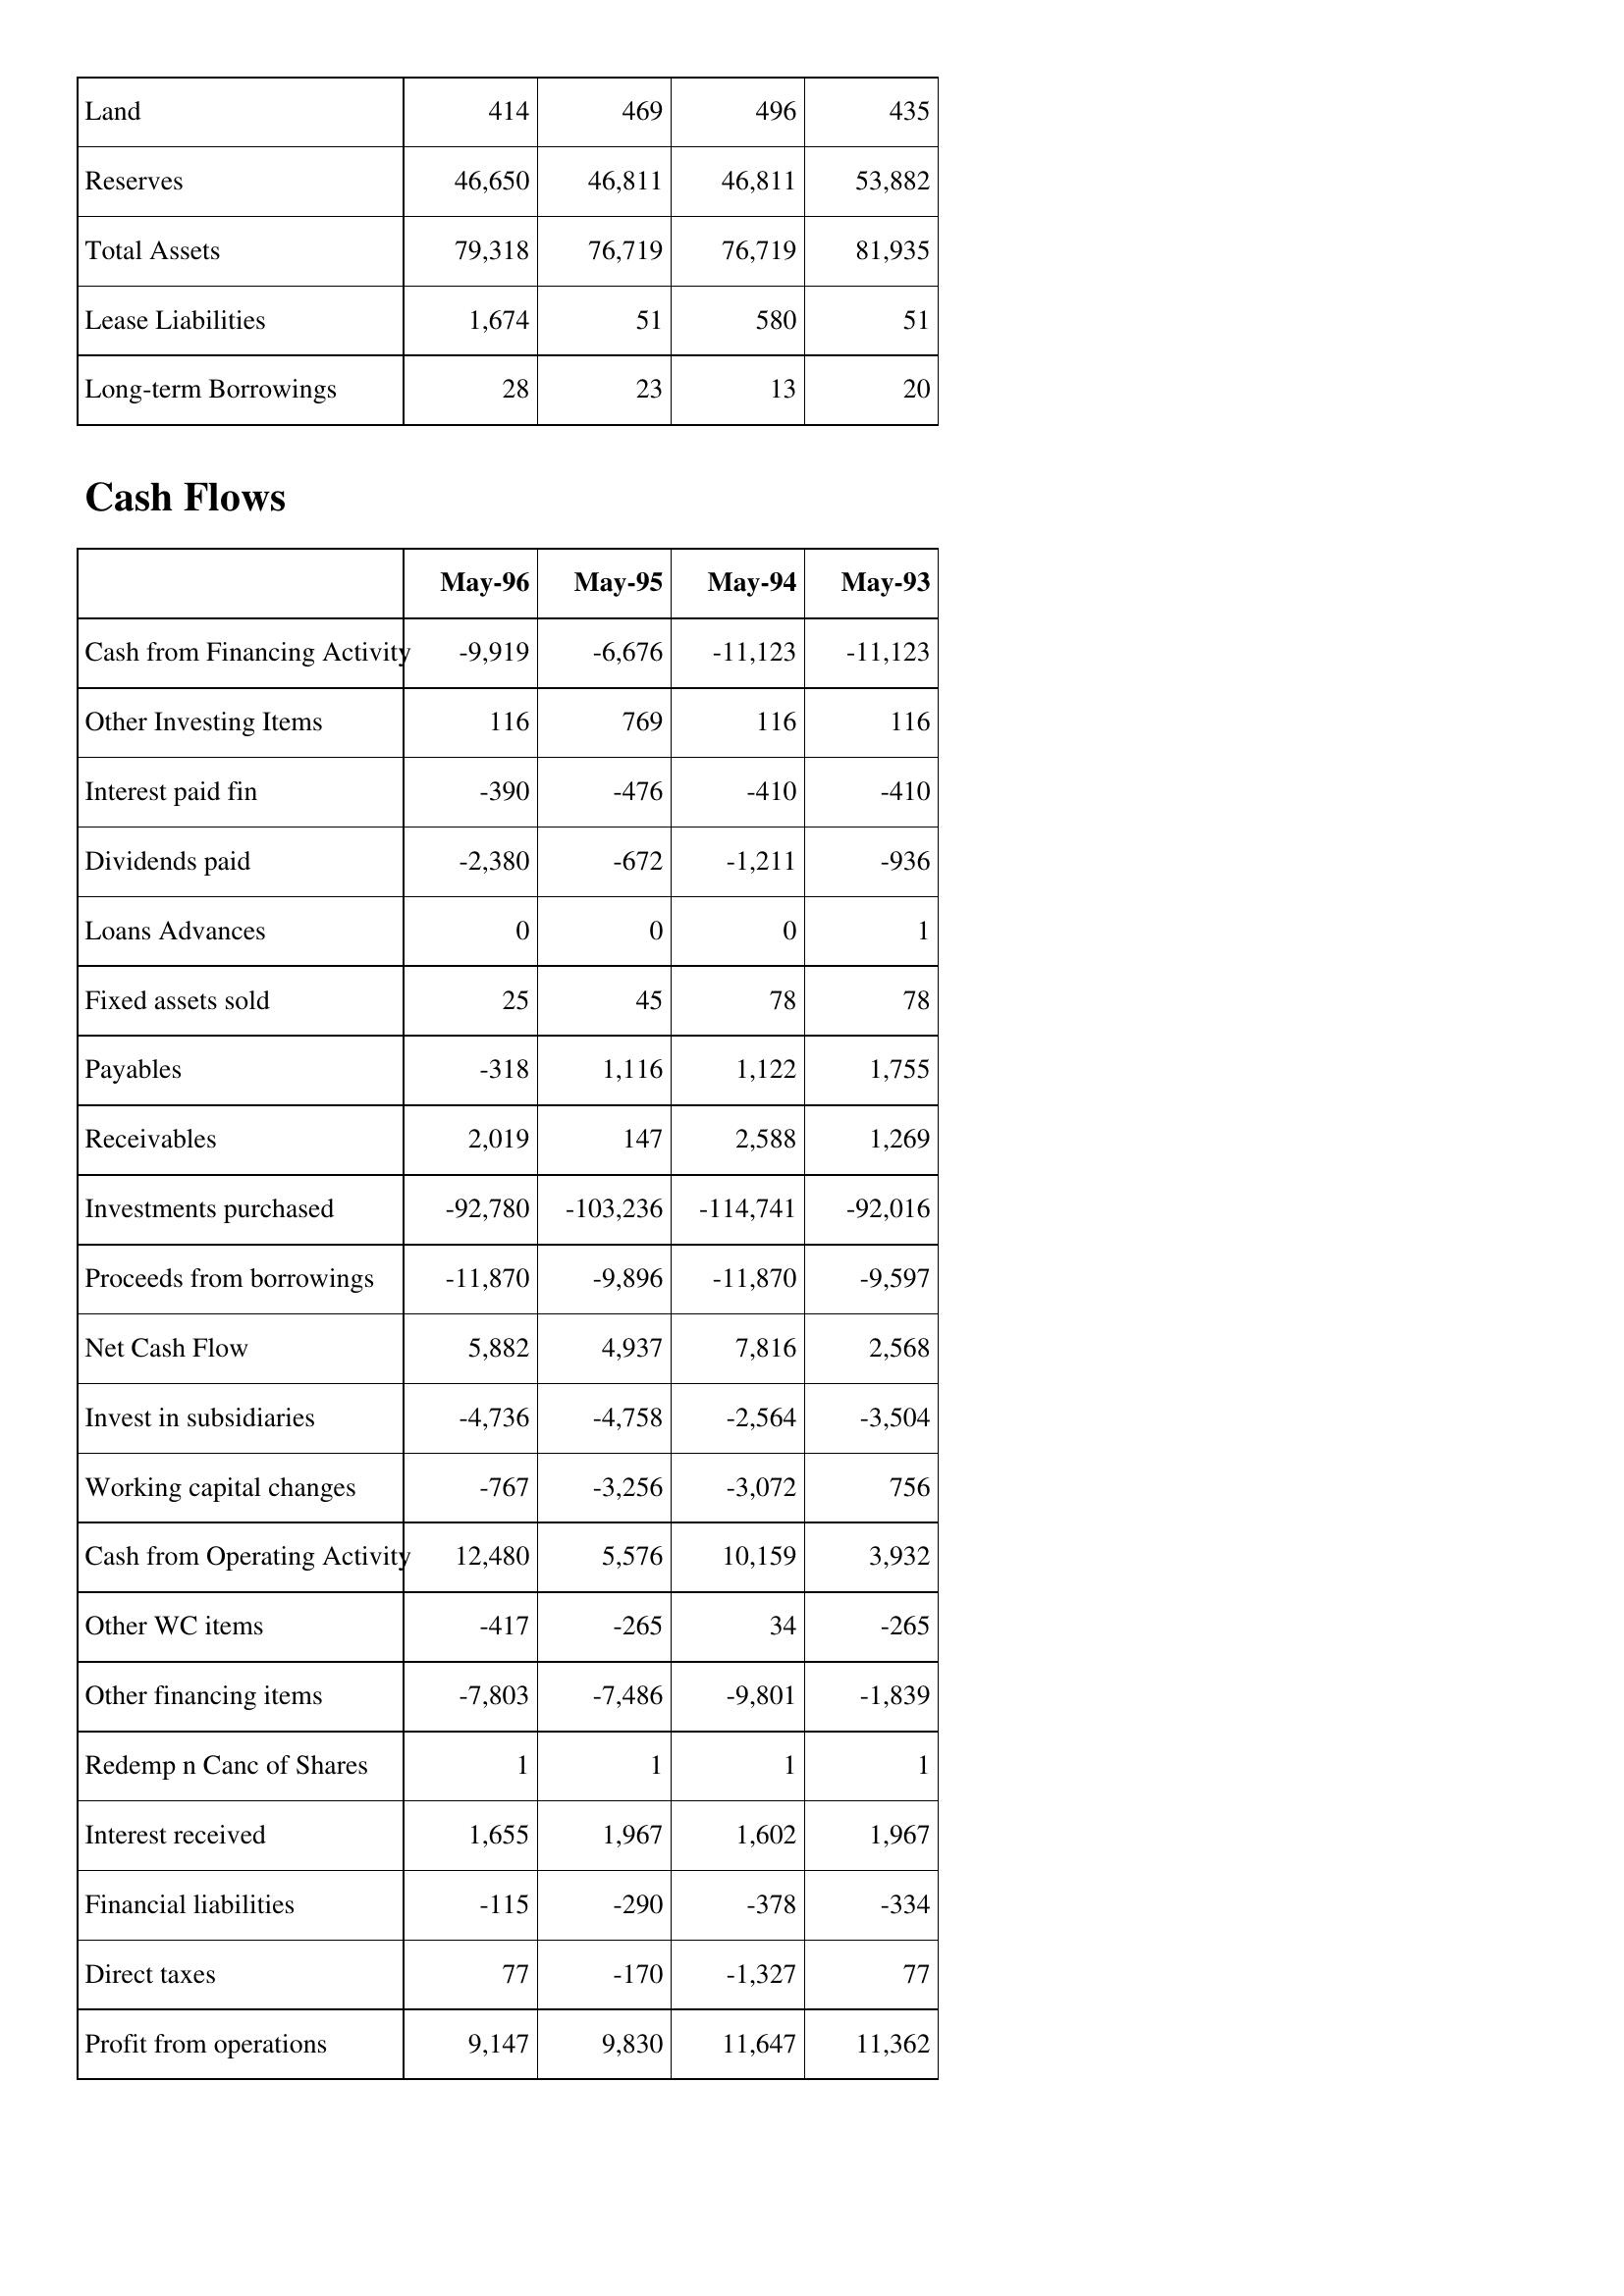
May-96: Balance Sheet: Land: 414
Reserves: 46,650
Total Assets: 79,318
Lease Liabilities: 1,674
Long-term Borrowings: 28
Cash Flows: Cash from Financing Activity: -9,919
Other Investing Items: 116
Interest paid fin: -390
Dividends paid: -2,380
Loans Advances: 0
Fixed assets sold: 25
Payables: -318
Receivables: 2,019
Investments purchased: -92,780
Proceeds from borrowings: -11,870
Net Cash Flow: 5,882
Invest in subsidiaries: -4,736
Working capital changes: -767
Cash from Operating Activity: 12,480
Other WC items: -417
Other financing items: -7,803
Redemp n Canc of Shares: 1
Interest received: 1,655
Financial liabilities: -115
Direct taxes: 77
Profit from operations: 9,147
May-95: Balance Sheet: Land: 469
Reserves: 46,811
Total Assets: 76,719
Lease Liabilities: 51
Long-term Borrowings: 23
Cash Flows: Cash from Financing Activity: -6,676
Other Investing Items: 769
Interest paid fin: -476
Dividends paid: -672
Loans Advances: 0
Fixed assets sold: 45
Payables: 1,116
Receivables: 147
Investments purchased: -103,236
Proceeds from borrowings: -9,896
Net Cash Flow: 4,937
Invest in subsidiaries: -4,758
Working capital changes: -3,256
Cash from Operating Activity: 5,576
Other WC items: -265
Other financing items: -7,486
Redemp n Canc of Shares: 1
Interest received: 1,967
Financial liabilities: -290
Direct taxes: -170
Profit from operations: 9,830
May-94: Balance Sheet: Land: 496
Reserves: 46,811
Total Assets: 76,719
Lease Liabilities: 580
Long-term Borrowings: 13
Cash Flows: Cash from Financing Activity: -11,123
Other Investing Items: 116
Interest paid fin: -410
Dividends paid: -1,211
Loans Advances: 0
Fixed assets sold: 78
Payables: 1,122
Receivables: 2,588
Investments purchased: -114,741
Proceeds from borrowings: -11,870
Net Cash Flow: 7,816
Invest in subsidiaries: -2,564
Working capital changes: -3,072
Cash from Operating Activity: 10,159
Other WC items: 34
Other financing items: -9,801
Redemp n Canc of Shares: 1
Interest received: 1,602
Financial liabilities: -378
Direct taxes: -1,327
Profit from operations: 11,647
May-93: Balance Sheet: Land: 435
Reserves: 53,882
Total Assets: 81,935
Lease Liabilities: 51
Long-term Borrowings: 20
Cash Flows: Cash from Financing Activity: -11,123
Other Investing Items: 116
Interest paid fin: -410
Dividends paid: -936
Loans Advances: 1
Fixed assets sold: 78
Payables: 1,755
Receivables: 1,269
Investments purchased: -92,016
Proceeds from borrowings: -9,597
Net Cash Flow: 2,568
Invest in subsidiaries: -3,504
Working capital changes: 756
Cash from Operating Activity: 3,932
Other WC items: -265
Other financing items: -1,839
Redemp n Canc of Shares: 1
Interest received: 1,967
Financial liabilities: -334
Direct taxes: 77
Profit from operations: 11,362